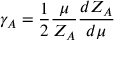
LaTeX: \gamma _ { A } = \frac { 1 } { 2 } \frac { \mu } { Z _ { A } } \frac { d Z _ { A } } { d \mu }